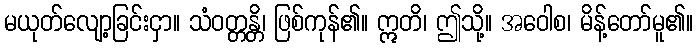
မယုတ်လျော့ခြင်းငှာ။ သံဝတ္တန္တိ၊ ဖြစ်ကုန်၏။ ဣတိ၊ ဤသို့။ အဝေါစ၊ မိန့်တော်မူ၏။